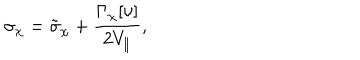
\sigma _ { \chi } = \tilde { \sigma } _ { \chi } + \frac { \Gamma _ { \chi } [ \upsilon ] } { 2 V _ { \| } } ,